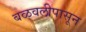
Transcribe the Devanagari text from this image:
बळवलीपासून